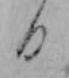
日